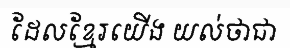
ដែលខ្មែរយើង យល់ថាជា